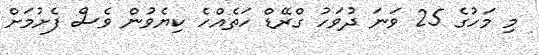
މި މަހުގެ 25 ވަނަ ދުވަހު ގްރޭޑް ހަތެއްހެ ކިޔެވުން ވެސް ފެށުމަށް